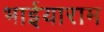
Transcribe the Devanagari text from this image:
भाईयाराम